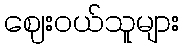
ဈေးဝယ်သူများ